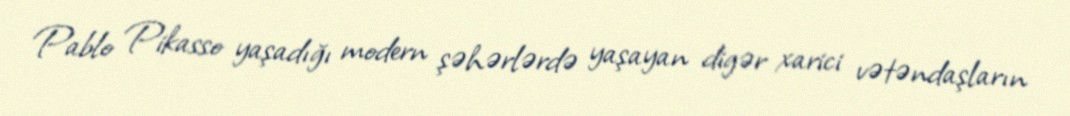
Pablo Pikasso yaşadığı modern şəhərlərdə yaşayan digər xarici vətəndaşların